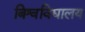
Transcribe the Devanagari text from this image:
बिश्वविद्यालय